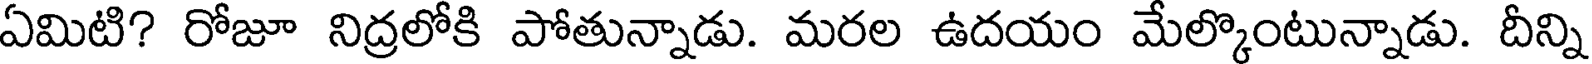
ఏమిటి? రోజూ నిద్రలోకి పోతున్నాడు. మరల ఉదయం మేల్కొంటున్నాడు. దీన్ని